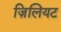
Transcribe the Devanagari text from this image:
ज़िलियट